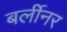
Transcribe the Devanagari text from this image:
बर्लीनर